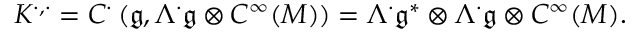
K ^ { \cdot , \cdot } = C ^ { \cdot } \left( { \mathfrak { g } } , \Lambda ^ { \cdot } { \mathfrak { g } } \otimes C ^ { \infty } ( M ) \right) = \Lambda ^ { \cdot } { \mathfrak { g } } ^ { * } \otimes \Lambda ^ { \cdot } { \mathfrak { g } } \otimes C ^ { \infty } ( M ) .